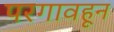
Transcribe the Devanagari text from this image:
परगावहून